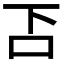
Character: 𠮴